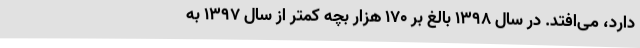
دارد، می‌افتد. در سال ۱۳۹۸ بالغ بر ۱۷۰ هزار بچه کمتر از سال ۱۳۹۷ به